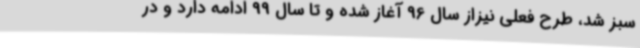
سبز شد، طرح فعلی نیزاز سال 96 آغاز شده و تا سال 99 ادامه دارد و در